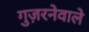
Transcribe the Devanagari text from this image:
गुज़रनेवाले